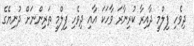
ދިވެހި ފިލްމީ ދާއިރާ ކުރިނާރަ ވާހަކަ އާއި ދިވެހި ފިލްމީ ތަރިންނަށް ދުނިޔޭގެ